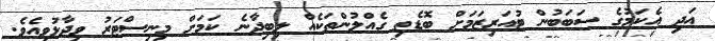
އަދި އެކަމުގެ ސަބަބުން ޓުއަރިޒަމަށް ބޮޑެތި ގެއްލުންތަކެއް ލިބިދާނެ ކަމަށް މިނިސްޓަރު ވިދާޅުވިއެވެ.